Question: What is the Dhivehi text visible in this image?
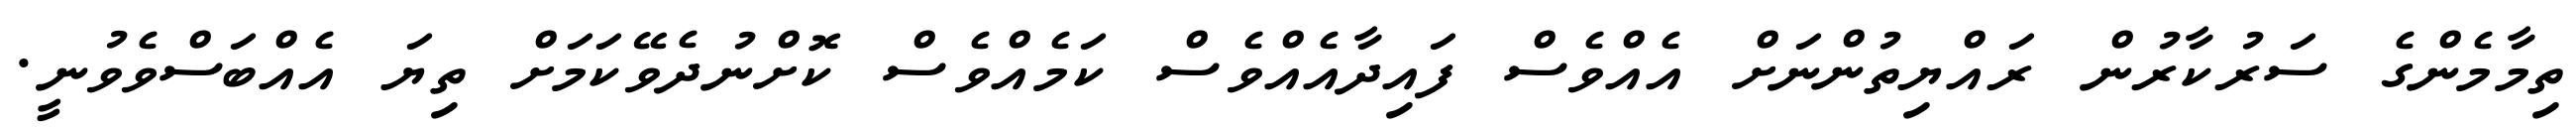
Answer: ތިމާމެންގެ ސަރުކާރުން ރައްޔިތުންނަށް އެއްވެސް ފައިދާއެއްވެސް ކަމެއްވެސް ކޮށްނުދެވޭކަމަށް ތިޔަ އެއްބަސްވެވުނީ.